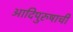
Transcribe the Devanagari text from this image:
आदिपुरुषाची